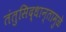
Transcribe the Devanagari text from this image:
तंतुसिद्धान्तामुळे